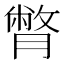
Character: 𦠞